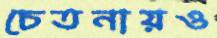
চেতনায়ও